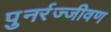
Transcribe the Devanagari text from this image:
पुनर्रज्जीवण